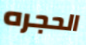
الحجره